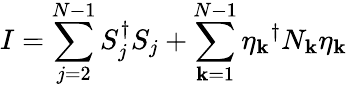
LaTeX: I=\sum_{j=2}^{N-1}S_{j}^{\dagger}S_{j}+\sum_{\mathbf{k}=1}^{N-1}{\eta_{\mathbf{k}}}^{\dagger}N_{\mathbf{k}}\eta_{\mathbf{k}}